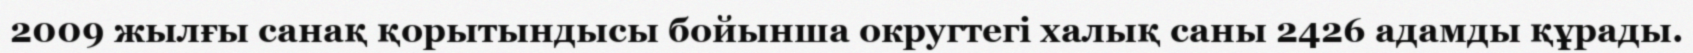
2009 жылғы санақ қорытындысы бойынша округтегі халық саны 2426 адамды құрады.